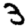
Digit: 3